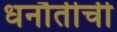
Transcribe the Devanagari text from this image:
धनौतीची